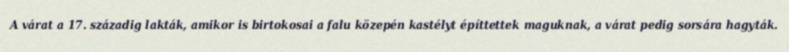
A várat a 17. századig lakták, amikor is birtokosai a falu közepén kastélyt építtettek maguknak, a várat pedig sorsára hagyták.